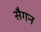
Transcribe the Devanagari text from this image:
सैगन